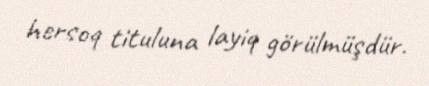
hersoq tituluna layiq görülmüşdür.